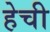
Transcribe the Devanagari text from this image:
हेची